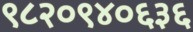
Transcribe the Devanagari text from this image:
९८२०९४०६३६